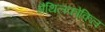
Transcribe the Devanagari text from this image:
मैथिलकोकिल